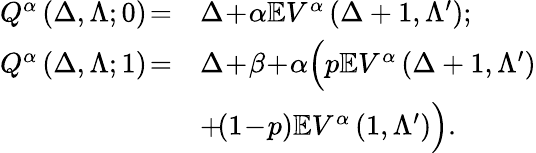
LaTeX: \begin{array}{rl}{Q^{\alpha}\left(\Delta,\Lambda;0\right)\! =}&{\Delta\! +\! \alpha\mathbb{E}V^{\alpha}\left(\Delta+1,\Lambda^{\prime}\right);}\\ {Q^{\alpha}\left(\Delta,\Lambda;1\right)\! =}&{\Delta\! +\! \beta\! +\! \alpha\Big(p\mathbb{E}V^{\alpha}\left(\Delta+1,\Lambda^{\prime}\right)}\\ &{+\! (1\! -\! p)\mathbb{E}V^{\alpha}\left(1,\Lambda^{\prime}\right)\Big).}\end{array}